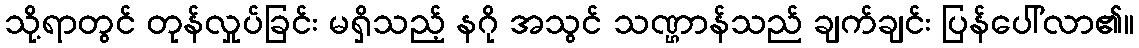
သို့ရာတွင် တုန်လှုပ်ခြင်း မရှိသည့် နဂို အသွင် သဏ္ဌာန်သည် ချက်ချင်း ပြန်ပေါ်လာ၏။